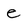
Character: e